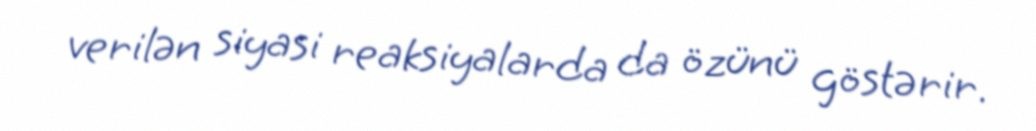
verilən siyasi reaksiyalarda da özünü göstərir.